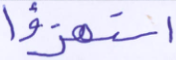
استهزئوا